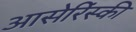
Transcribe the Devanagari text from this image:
आसेरिंस्की